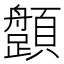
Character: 𩕎